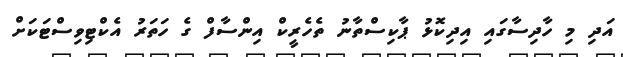
އަދި މި ހާދިސާގައި އިދިކޮޅު ޕާކިސްތާނު ތެހެރީކް އިންސާފް ގެ ހަތަރު އެކްޓިވިސްޓަކަށް